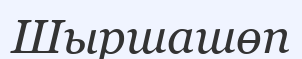
Шыршашөп